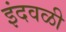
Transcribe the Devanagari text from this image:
इंदवळी